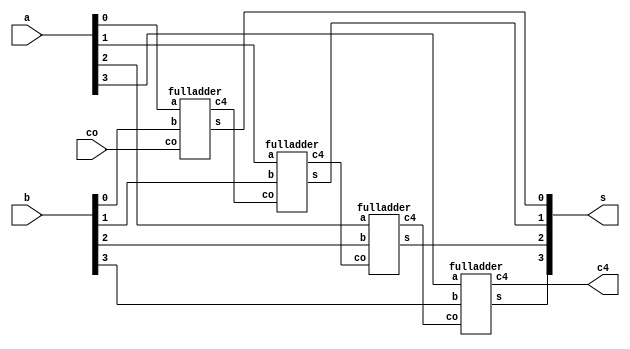
`timescale 1ns / 1ps
//////////////////////////////////////////////////////////////////////////////////
// Company: 
// Engineer: 
// 
// Design Name: 
// Module Name: fourbitadder
// Project Name: 
// Target Devices: 
// Tool Versions: 
// Description: 
// 
// Dependencies: 
// 
// Revision:
// Revision 0.01 - File Created
// Additional Comments:
// 
//////////////////////////////////////////////////////////////////////////////////


module fourbitadder(
    input [3:0] a,
    input [3:0] b,
    input co,
    output [3:0] s,
    output c4
    );
    wire c1,c2,c3;
    fulladder FA1(a[0],b[0],co,s[0],c1);
    fulladder FA2(a[1],b[1],c1,s[1],c2);
    fulladder FA3(a[2],b[2],c2,s[2],c3);
    fulladder FA4(a[3],b[3],c3,s[3],c4);   
endmodule

module fulladder(
input a,b,co,
output s,c4);
//input a,b,co;
//output s,c4;
assign s=a^b^co;
assign c4=(a^b)&co|a&b;
endmodule